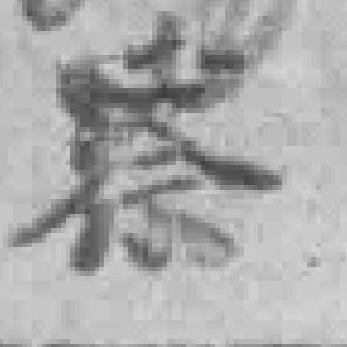
察